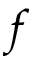
f